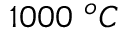
1 0 0 0 \ ^ { o } C